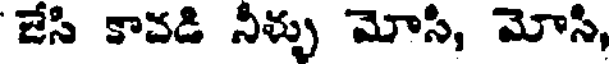
జేసి కావడి నీళ్ళు మోసి, మోసి,